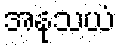
အနုသယံ